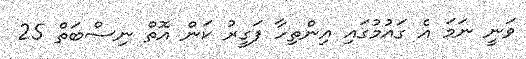
ވަނީ ނަމަ އެ ގައުމުގައި އިންތިހާ ފަގީރު ކަން އޮތް ނިސްބަތް 25